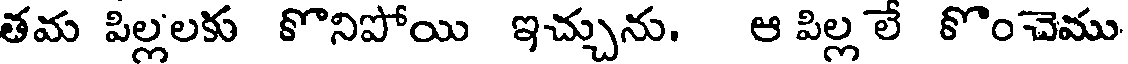
తమ పిల్లలకు కొనిపోయి ఇచ్చును. ఆ పిల్ల లే కొంచెము